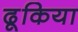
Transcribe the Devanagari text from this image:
ढूकिया